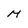
Character: M